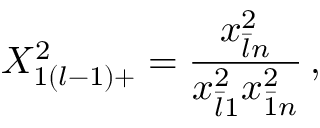
\displaystyle { X _ { 1 ( l - 1 ) + } ^ { 2 } = \frac { x _ { \bar { l } n } ^ { 2 } } { x _ { \bar { l } 1 } ^ { 2 } x _ { \bar { 1 } n } ^ { 2 } } } \, ,